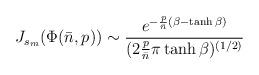
LaTeX: \begin{align*}J_{s_m}(\Phi({\bar n},p)) \sim{e^{-{p \over {\bar n}}(\beta-\tanh\beta)}\over(2 {p \over {\bar n}}\pi\tanh\beta)^{(1/2)}}\end{align*}